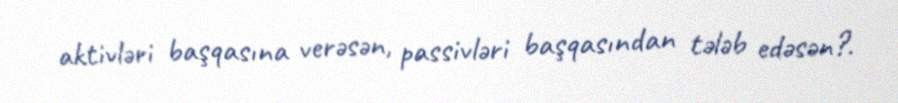
aktivləri başqasına verəsən, passivləri başqasından tələb edəsən?.